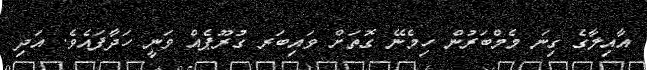
އާއިލާގެ ގިނަ މެމްބަރުން ހިމެނޭ ގޮތަށް ވައިބަރ ގުރޫޕެއް ވަނީ ހަދާފައެވެ. އަދި